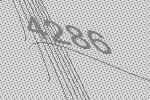
4286